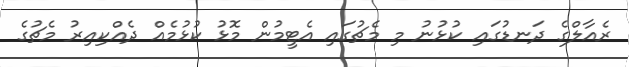
ރެއާލްގެ ދަނޑުގައި ކުޅުނު މި މެޗުގައި އެޓީމުން މޮޅު ކުޅުމެއް ދެއްކިއިރު މެޗުގެ